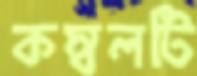
কম্বলটি